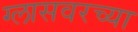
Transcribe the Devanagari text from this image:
ग्लासवरच्या